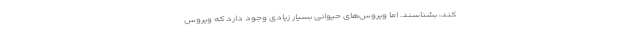
کند، بشناسند. اما ویروس‌های حیوانی بسیار زیادی وجود دارد که ویروس